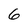
Character: 6